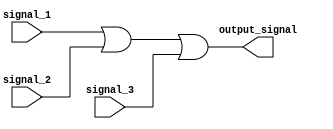
module combinational_logic_block (
    input wire signal_1,
    input wire signal_2,
    input wire signal_3,
    output reg output_signal
);

always @(*) begin
    output_signal = signal_1 | signal_2 | signal_3;
end

endmodule